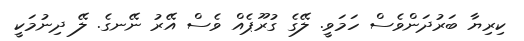
ކިރިޔާ ބަރުދަންވެސް ހަމަވީ. ލޭގެ ގުރޫޕެއް ވެސް އޭރު ނޭނގެ. ލޭ ދިނުމަކީ